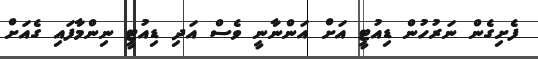
ފެށިގެން ނަރުހުން ޑިއުޓީ އަށް އަންނާނީ ވެސް އަދި ޑިއުޓީ ނިންމާފައި ގެއަށް